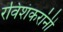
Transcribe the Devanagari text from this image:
रविशंकरांनी